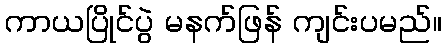
ကာယပြိုင်ပွဲ မနက်ဖြန် ကျင်းပမည်။